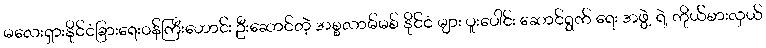
မလေးရှားနိုင်ငံခြားရေးဝန်ကြီးဟောင်း ဦးဆောင်တဲ့ အစ္စလာမ်မစ် နိုင်ငံ များ ပူးပေါင်း ဆောင်ရွက် ရေး အဖွဲ့ ရဲ့ ကိုယ်စားလှယ်